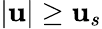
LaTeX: |\mathbf{u}|\ge\mathbf{u}_{s}